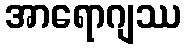
အာရောဂျဿ